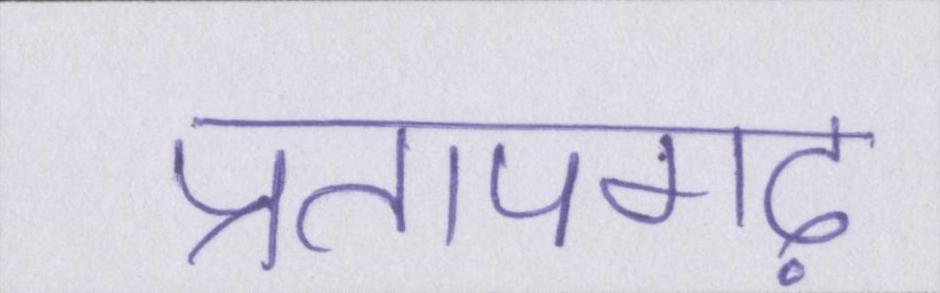
प्रतापगढ़